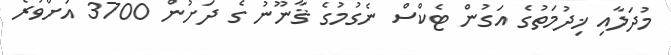
މުދަލާއި ޚިދުމަތުގެ އަގުން ޓެކްސް ނެގުމުގެ ޤާނޫނު ގެ ދަށުން 3700 އަށްވުރެ